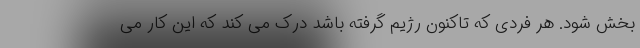
بخش شود. هر فردی که تاکنون رژیم گرفته باشد درک می کند که این کار می